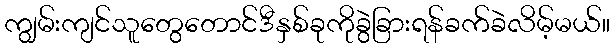
ကျွမ်းကျင်သူတွေတောင်ဒီနှစ်ခုကိုခွဲခြားရန်ခက်ခဲလိမ့်မယ်။